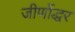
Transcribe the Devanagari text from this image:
जीर्णोद्धर